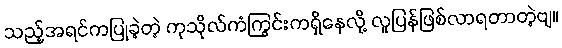
သည့်အရင်ကပြုခဲ့တဲ့ ကုသိုလ်ကံကြွင်းကရှိနေလို့ လူပြန်ဖြစ်လာရတာတဲ့ဗျ။